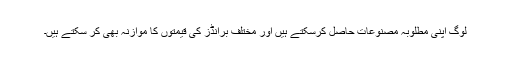
لوگ اپنی مطلوبہ مصنوعات حاصل کرسکتے ہیں اور مختلف برانڈز کی قیمتوں کا موازنہ بھی کر سکتے ہیں۔